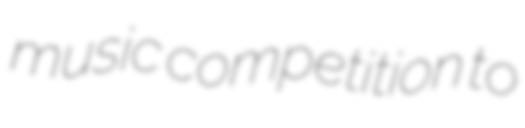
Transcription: music competition to